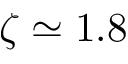
\zeta \simeq 1 . 8